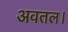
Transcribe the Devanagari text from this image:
अवतल।